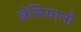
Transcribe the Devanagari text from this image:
ब्रेसियानो